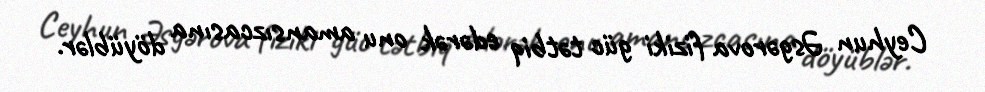
Ceyhun Əsgərova fiziki güc tətbiq edərək onu amansızcasına döyüblər.